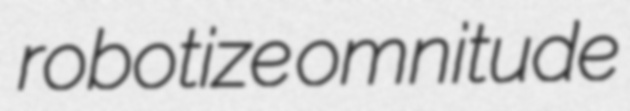
robotize omnitude